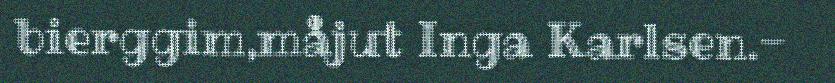
bierggim,måjut Inga Karlsen.-